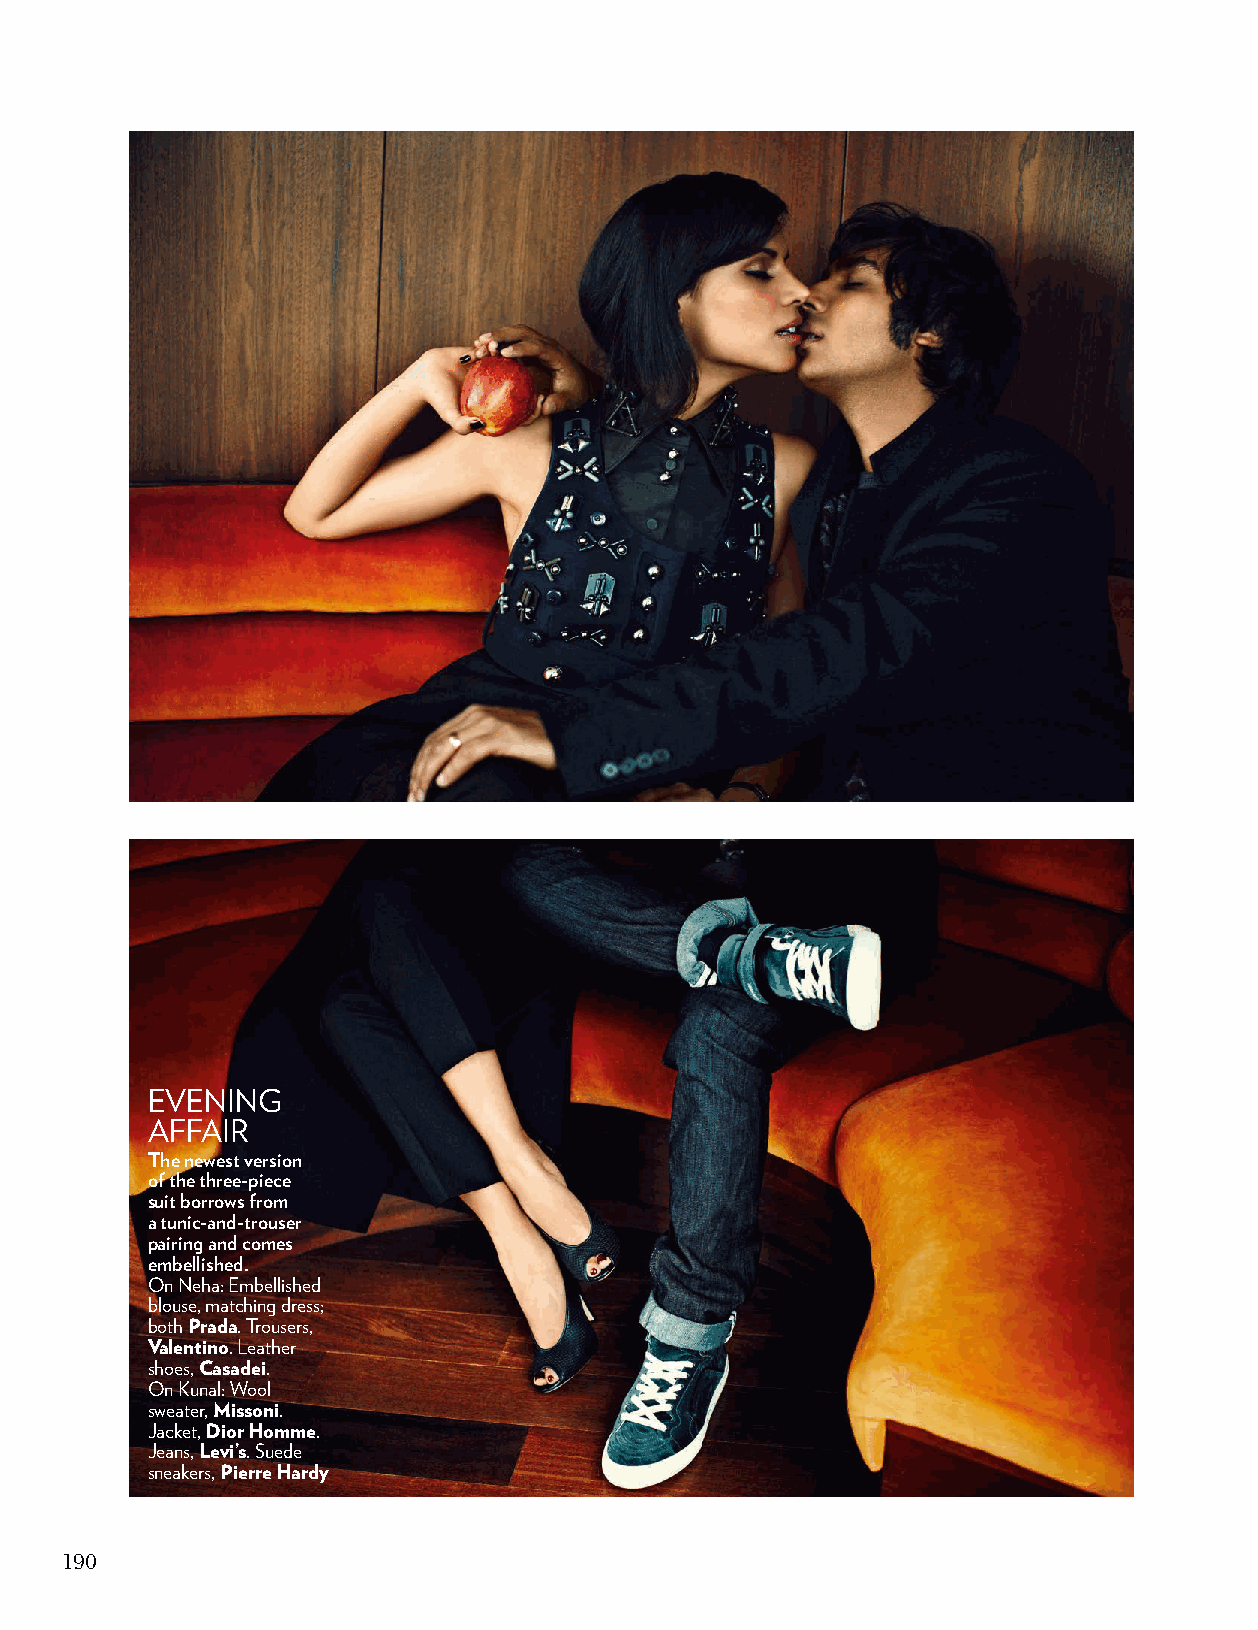
evening
 affair
 The newest version
 of the three-piece
 suit borrows from
 a tunic-and-trouser
 pairing and comes
 embellished.
 On neha: embellished
 blouse, matching dress;
 both Prada. Trousers,
 Valentino. Leather
 shoes, Casadei.
 On Kunal: Wool
 sweater, Missoni.
 Jacket, Dior Homme.
 Jeans, Levi’s. Suede
 sneakers, Pierre Hardy
 190